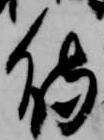
待